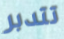
تتدبر